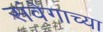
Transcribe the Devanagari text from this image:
संवेगाच्या